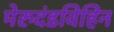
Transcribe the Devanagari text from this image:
मेरुदंडविहिन